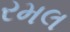
રમલ